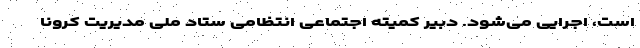
است، اجرایی می‌شود. دبیر کمیته اجتماعی انتظامی ستاد ملی مدیریت کرونا